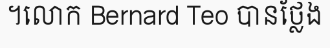
។លោក Bernard Teo បានថ្លែង